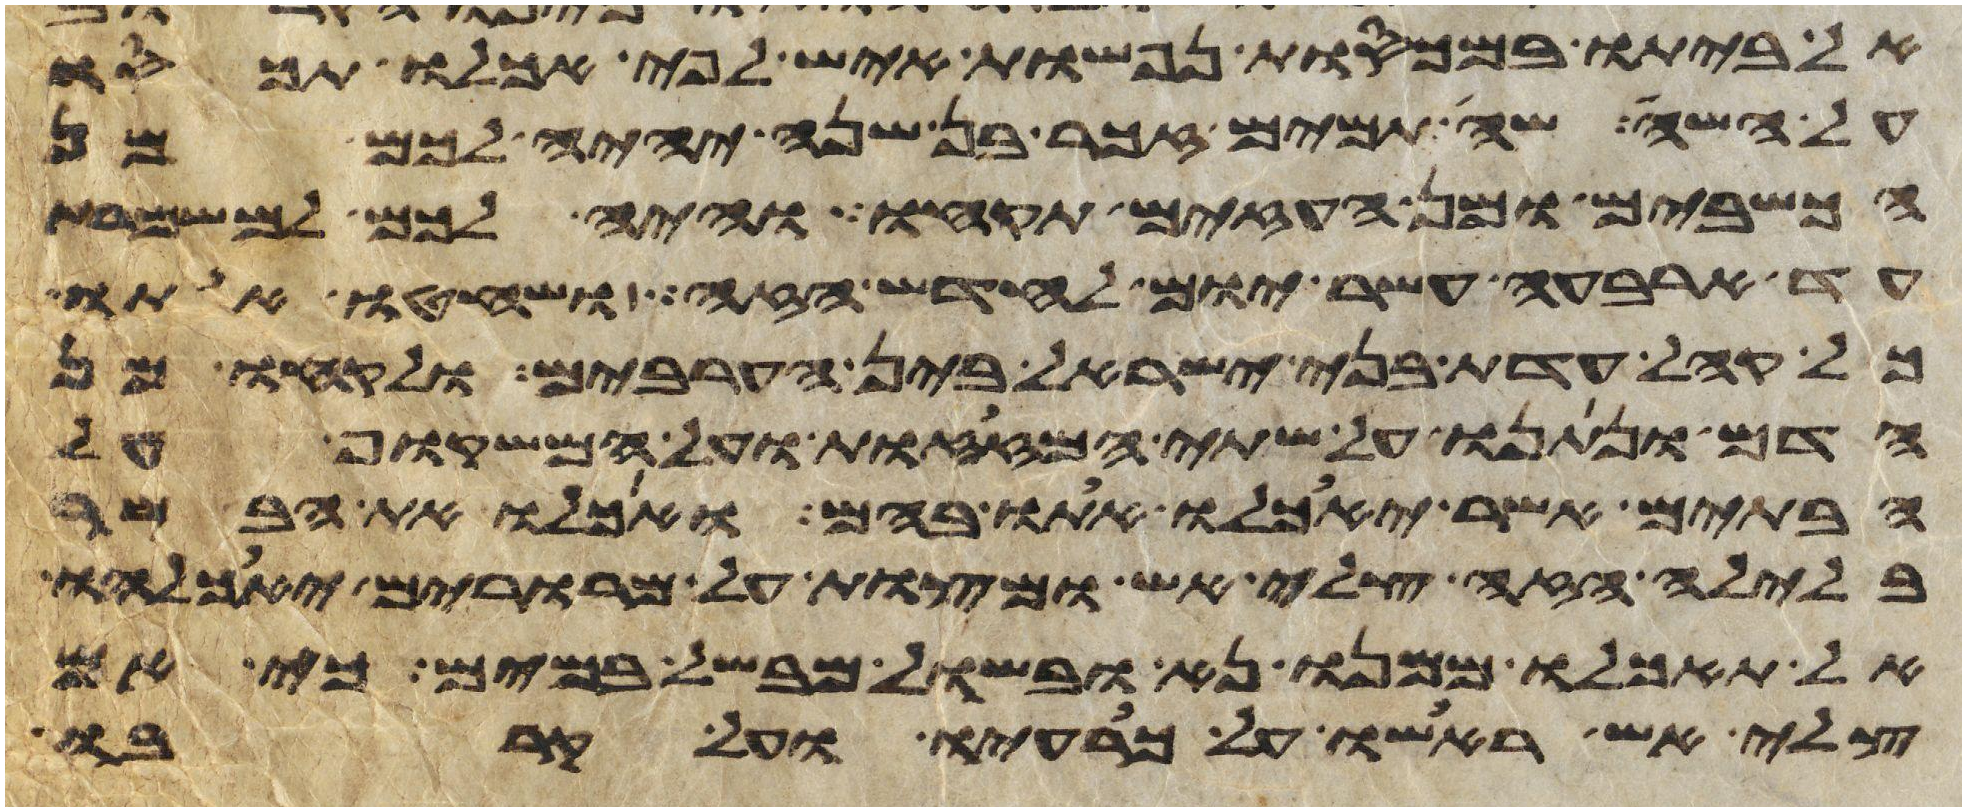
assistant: אל ביתו במכסות נפשות איש לפי אכלו תכסו
על השה שה תמים זכר בן שנה יהיה לכם מן
הכשבים ומן העזים תקחו והיה לכם למשמרת
עד ארבעה עשר יום לחדש הזה ושחטו אתו
כל קהל עדת בני ישראל בין הערבים ולקחו מן
הדם ונתנו על שתי המזזות ועל המשקוף על
הבתים אשר יאכלו אתו בהם ואכלו את הבשר
בלילה הזה צלי אש ומצות על מררים יאכלהו
אל תאכלו ממנו נא ובשל מבשל במים כי אם
צלי אש ראשו על כרעיו ועל קרבו